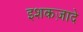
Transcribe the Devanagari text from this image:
इशकज़ादे